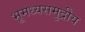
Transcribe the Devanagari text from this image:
भूमध्यसमुद्रीय